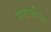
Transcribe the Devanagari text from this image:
मासामीच्या